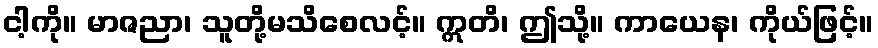
ငါ့ကို။ မာဇညာ၊ သူတို့မသိစေလင့်။ ဣတိ၊ ဤသို့။ ကာယေန၊ ကိုယ်ဖြင့်။